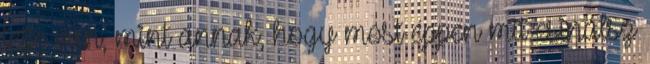
tétje van, mint annak, hogy most éppen mit csinálsz